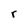
Character: r